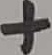
Text: +